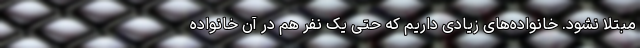
مبتلا نشود. خانواده‌های زیادی داریم که حتی یک نفر هم در آن خانواده